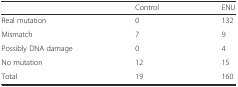
<table><thead><tr><td></td><td><b>Control</b></td><td><b>ENU</b></td></tr></thead><tbody><tr><td>Real mutation</td><td>0</td><td>132</td></tr><tr><td>Mismatch</td><td>7</td><td>9</td></tr><tr><td>Possibly DNA damage</td><td>0</td><td>4</td></tr><tr><td>No mutation</td><td>12</td><td>15</td></tr><tr><td>Total</td><td>19</td><td>160</td></tr></tbody></table>